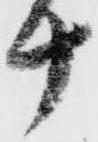
十